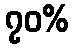
၇၀%